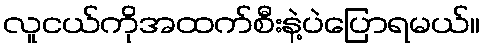
လူငယ်ကိုအထက်စီးနဲ့ပဲပြောရမယ်။